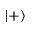
| + \rangle